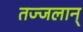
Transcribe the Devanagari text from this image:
तज्जलान्